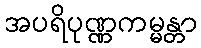
အပရိပုဏ္ဏကမ္မန္တာ